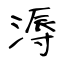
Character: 溽